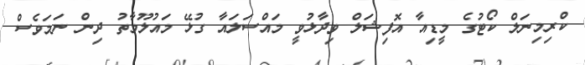
ކްރިމިނަލް ކޯޓުގެ މީޑިއާ އޮފިޝަލް ވިދާޅުވީ މައްސަލައާ ގުޅޭ މައުލޫމާތު ދިން ނަމަވެސް